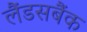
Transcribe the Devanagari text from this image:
लैंडसबैंक